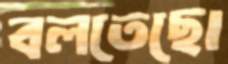
বলতেছো